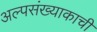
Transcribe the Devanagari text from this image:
अल्पसंख्याकाची